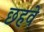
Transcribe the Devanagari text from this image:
छहवे